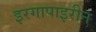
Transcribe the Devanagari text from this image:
इरगापाइरीन